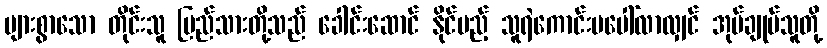
များစွာသော တိုင်းသူ ပြည်သားတို့သည် ခေါင်းဆောင် နိုင်မည့် သူရဲကောင်းမပေါ်လာလျှင် အုပ်ချုပ်သူတို့